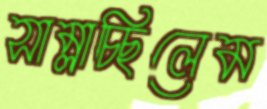
সাম্‌লাচ্ছিলেম